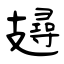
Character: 攳